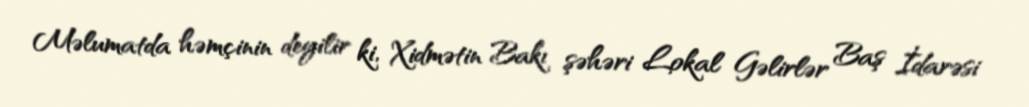
Məlumatda həmçinin deyilir ki, Xidmətin Bakı şəhəri Lokal Gəlirlər Baş İdarəsi